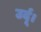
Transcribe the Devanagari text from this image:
उर्दू।